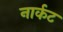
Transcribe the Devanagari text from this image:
नार्कट